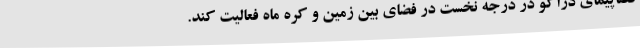
فضاپیمای دراکو در درجه نخست در فضای بین زمین و کره ماه فعالیت کند.